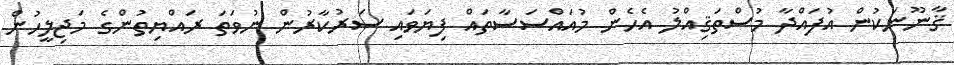
ޤާނޫނަކުން އުފައްދާ މުސްތަޤިއްލު އެހެން މުއައްސަސާތައް ފިޔަވައި ސަރުކާރުން ނުވަތަ ރައްޔިތުންގެ މަޖިލީހުން